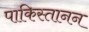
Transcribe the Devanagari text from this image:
पाकिस्तानन